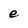
Character: e